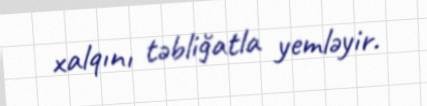
xalqını təbliğatla yemləyir.